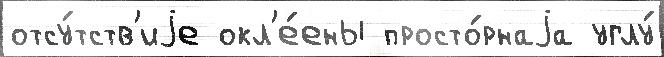
отсу́тств'иjе окл'е́ены просто́рнаjа углу́